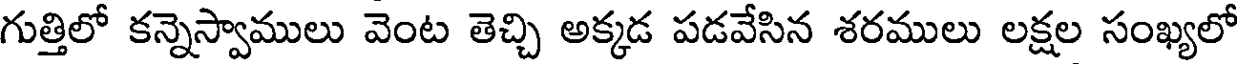
గుత్తిలో కన్నెస్వాములు వెంట తెచ్చి అక్కడ పడవేసిన శరములు లక్షల సంఖ్యలో